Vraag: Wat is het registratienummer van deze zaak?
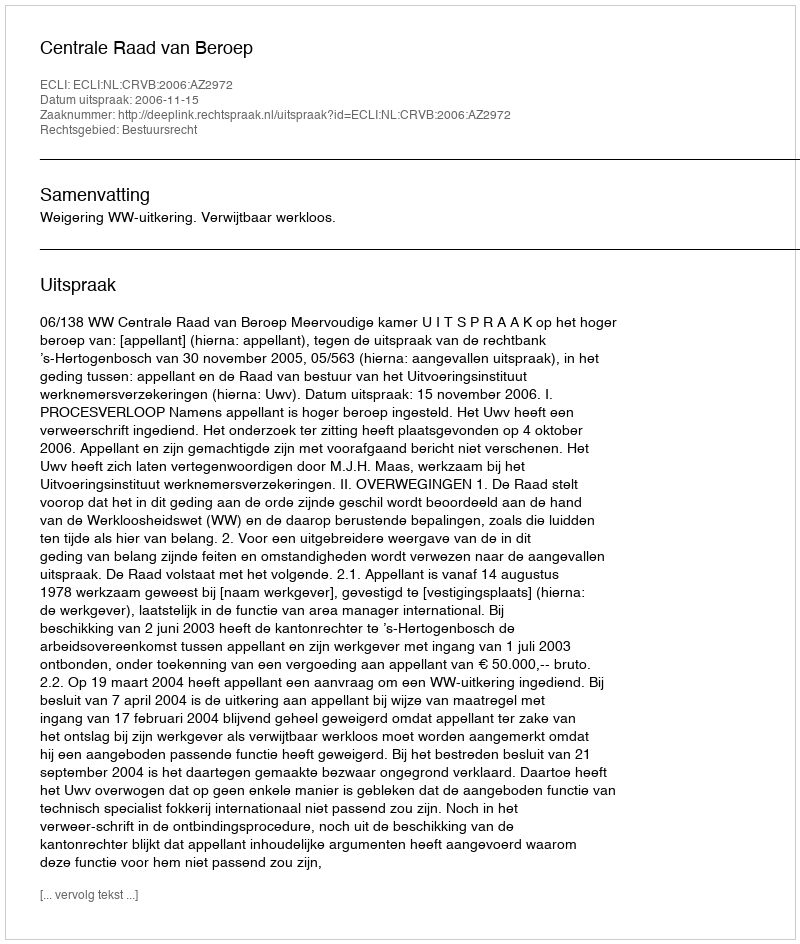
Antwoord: http://deeplink.rechtspraak.nl/uitspraak?id=ECLI:NL:CRVB:2006:AZ2972